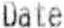
DATE